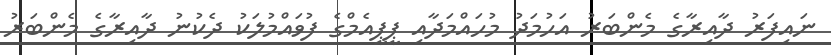
ނައިފަރު ދާއިރާގެ މެންބަރު އަހުމަދު މުހައްމަދާއި ޕީޕީއެމްގެ ފުވައްމުލަކު ދެކުނު ދާއިރާގެ މެންބަރު